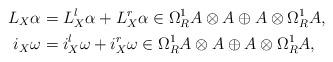
LaTeX: \begin{align*}L_X\alpha&=L^l_X\alpha+L^r_X\alpha\in\Omega^1_RA\otimes A\oplus A\otimes\Omega^1_RA,\\i_X\omega&=i^l_X\omega+i^r_X\omega\in \Omega^1_RA\otimes A\oplus A\otimes\Omega^1_RA,\end{align*}